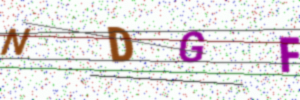
Text: NDGF